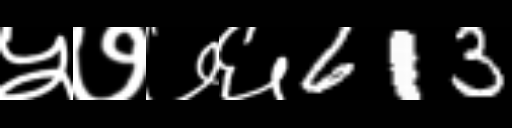
Text: ५७७६613